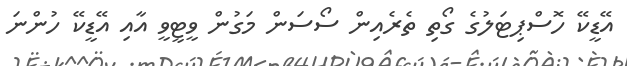
އޭޑީކޭ ހޮސްޕިޓަލުގެ ގޯތި ތެރެއިން ސޯސަން މަގުން ވީޓީވީ އާއި އޭޑީކޭ ހުންނަ